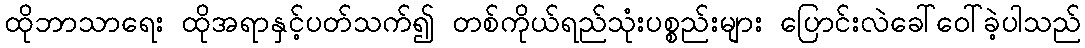
ထိုဘာသာရေး ထိုအရာနှင့်ပတ်သက်၍ တစ်ကိုယ်ရည်သုံးပစ္စည်းများ ပြောင်းလဲခေါ်ဝေါ်ခဲ့ပါသည်